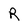
Character: R